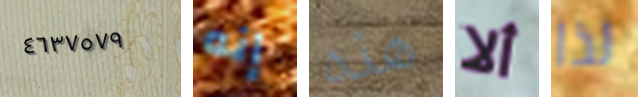
٤٦٣٧٥٧٩ إنه هذه ألا لذا